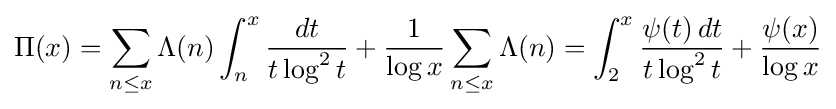
\Pi (x)=\sum _{n\leq x}\Lambda (n)\int _{n}^{x}{\frac {dt}{t\log ^{2}t}}+{\frac {1}{\log x}}\sum _{n\leq x}\Lambda (n)=\int _{2}^{x}{\frac {\psi (t)\,dt}{t\log ^{2}t}}+{\frac {\psi (x)}{\log x}}